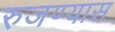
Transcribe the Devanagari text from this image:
रुजण्यास